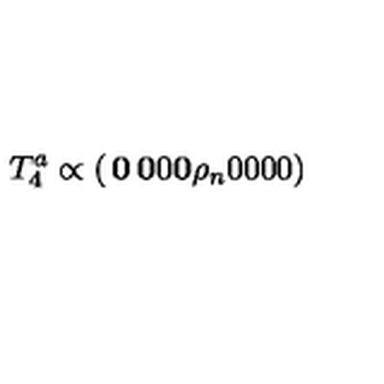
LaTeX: T _ { 4 } ^ { a } \propto \left( \begin{matrix} { { \bf 0 } } & { { \bf 0 } } & { 0 } \\ { { \bf 0 } } & { { \bf \rho } _ { n } } & { 0 } \\ { 0 } & { 0 } & { 0 } \\ \end{matrix} \right)